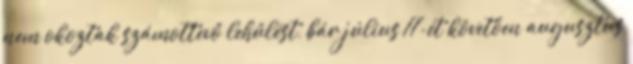
nem okoztak számottevő lehűlést, bár július 17-ét követően augusztus